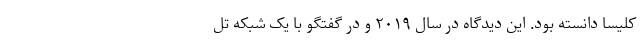
کلیسا دانسته بود. این دیدگاه در سال ۲۰۱۹ و در گفتگو با یک شبکه تل